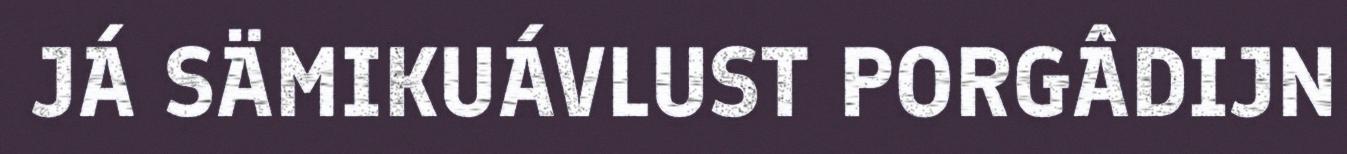
JÁ SÄMIKUÁVLUST PORGÂDIJN